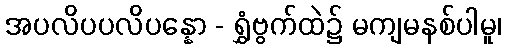
အပလိပပလိပန္နော - ရွှံဗွက်ထဲ၌ မကျမနစ်ပါမူ၊